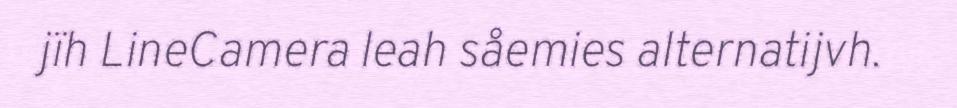
jïh LineCamera leah såemies alternatijvh.